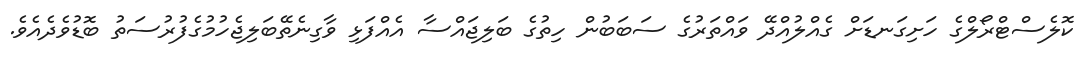
ކޮލެސްޓްރޯޯލްގެ ހަށިގަނޑަށް ގެއްލުއްދޭ ވައްތަރުގެ ސަބަބުން ހިތުގެ ބަލިޖައްސާ އެއްފަޅި ވާގިނެތޭބަލިޖެހުމުގެފުރުސަތު ބޮޑުވެދެއެވެ.